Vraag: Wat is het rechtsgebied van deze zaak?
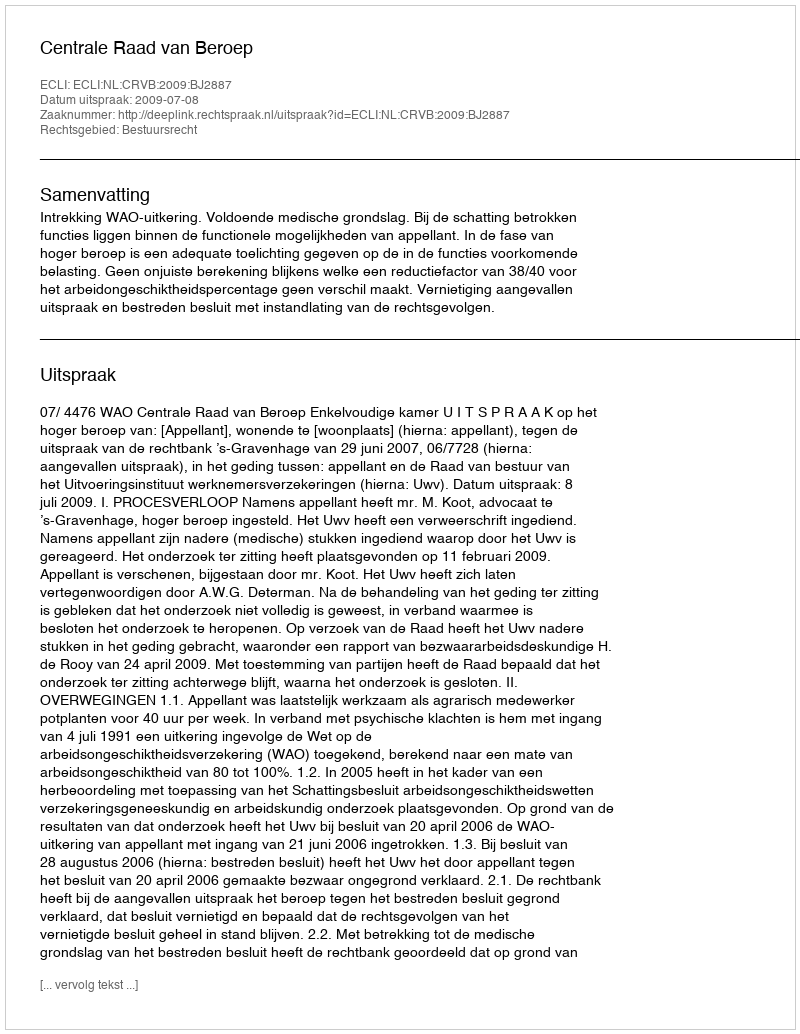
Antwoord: Bestuursrecht